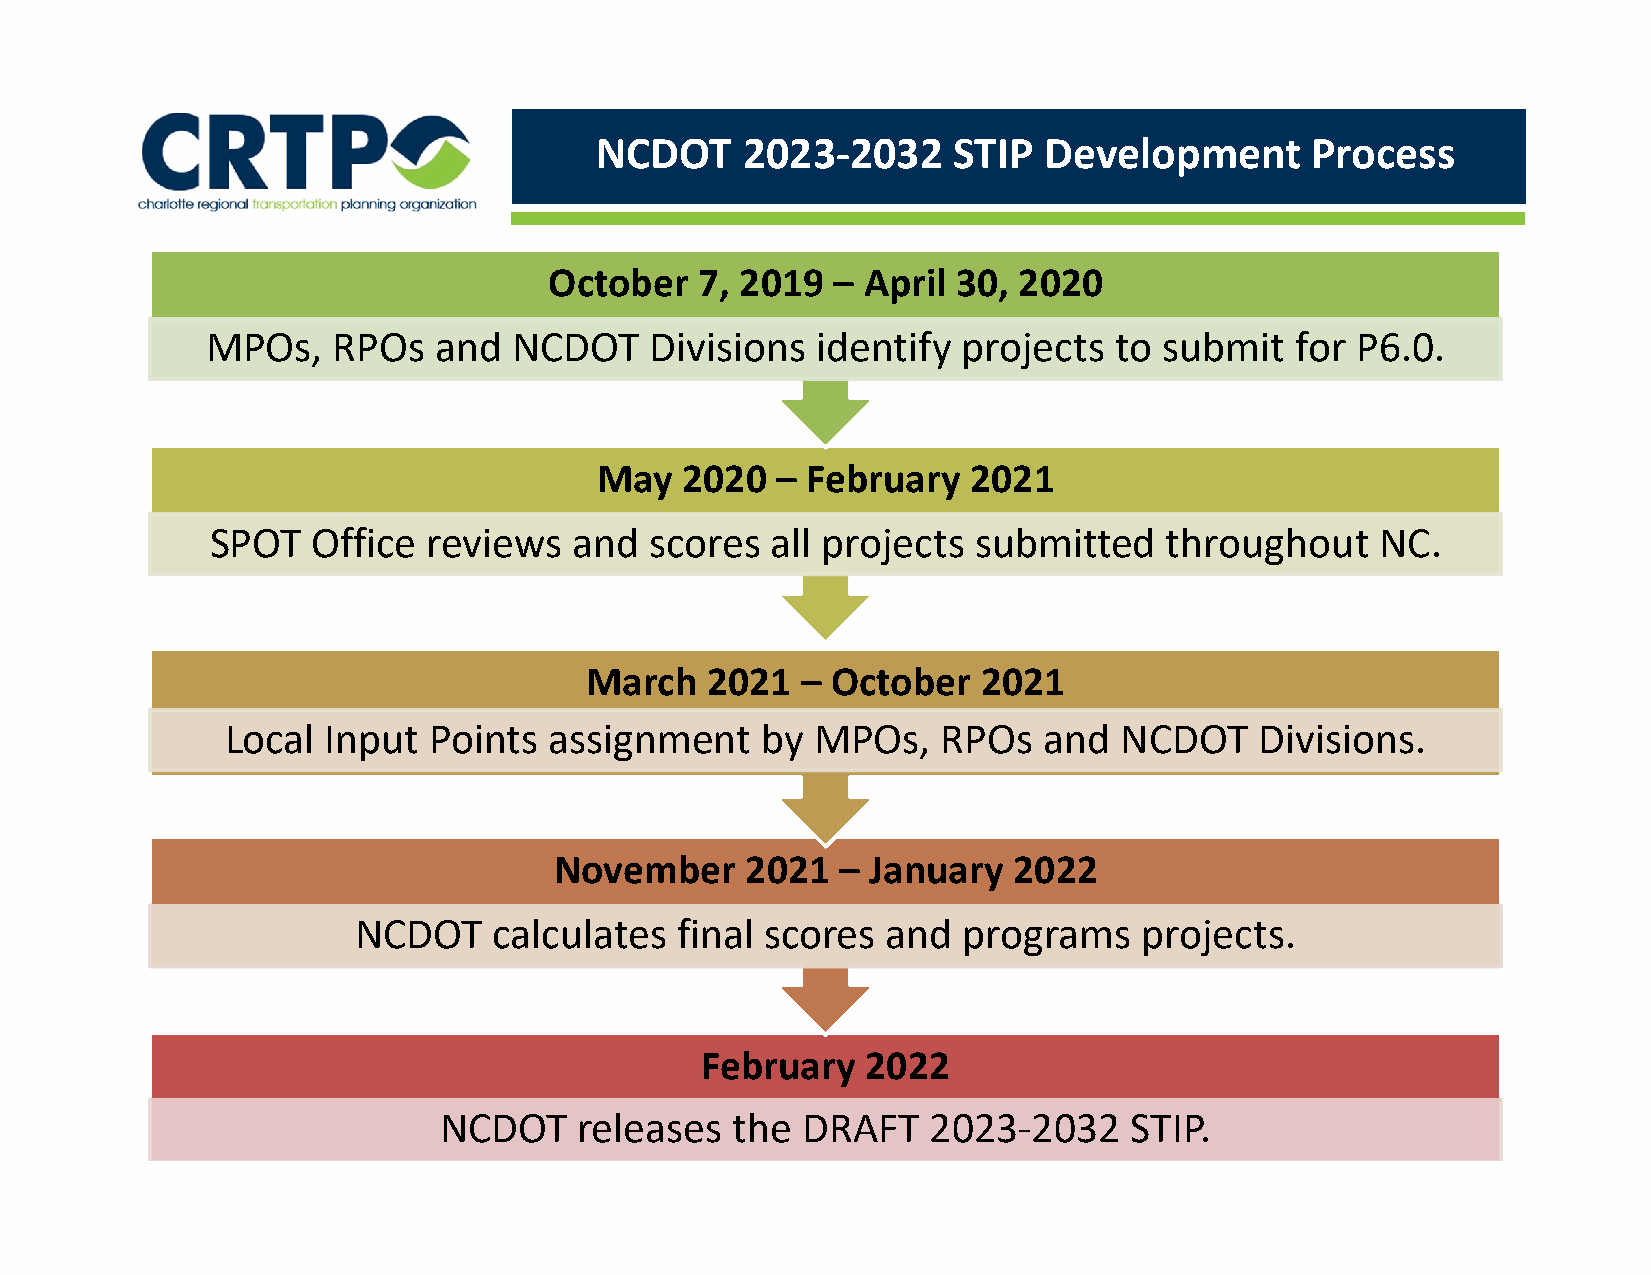
NCDOT     2023‐2032     STIP  Development       Process
 October   7, 2019  – April 30, 2020
 MPOs,   RPOs   and  NCDOT    Divisions  identify  projects  to submit   for P6.0.
 May   2020  – February   2021
 SPOT   Office reviews   and  scores  all projects  submitted   throughout    NC.
 March   2021  – October   2021
 Local  Input Points  assignment    by  MPOs,   RPOs   and  NCDOT    Divisions.
 November    2021   – January  2022
 NCDOT    calculates  final scores  and  programs    projects.
 February   2022
 NCDOT    releases  the  DRAFT   2023‐2032     STIP.